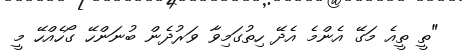
"ތީ ތީއެ މަގޭ އެންމެ އެދޭ ހިތުގަމިވާ ވަރުދެން ބުނަންހޭ ގޯހެއްހޭ މީ